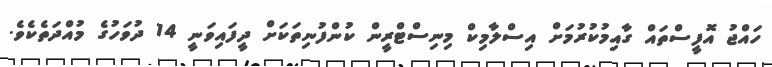
ހައްޖު އޮފީސްތައް ގާއިމުކުރުމަށް އިސްލާމިކް މިނިސްޓްރީން ކުންފުނިތަކަށް ދީފައިވަނީ 14 ދުވަހުގެ މުއްދަތެކެވެ.